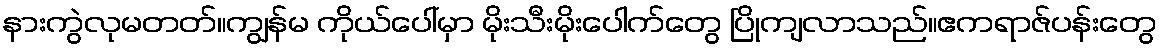
နားကွဲလုမတတ်။ကျွန်မ ကိုယ်ပေါ်မှာ မိုးသီးမိုးပေါက်တွေ ပြိုကျလာသည်။ဧကရာဇ်ပန်းတွေ